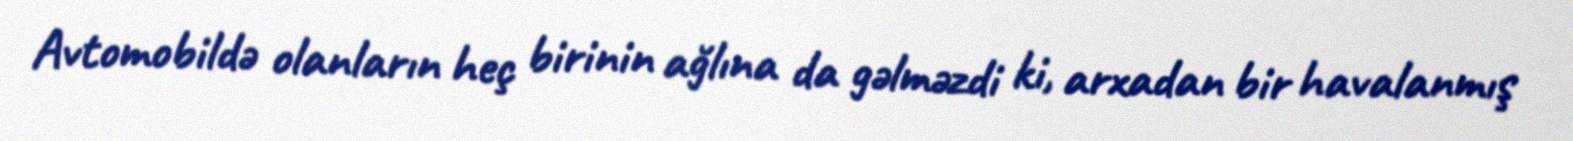
Avtomobildə olanların heç birinin ağlına da gəlməzdi ki, arxadan bir havalanmış